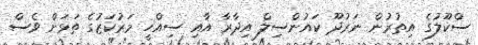
ސްކޫލުގެ އިތުރުން ނަރުދޫ ކައުންސިލް އިދާރާ އާއި ސިއްހީ މަރުކަޒުގެ ތަޅަށް ވެސް